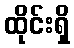
ထိုင်းရှိ